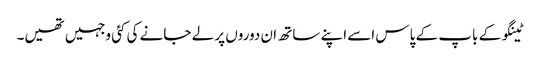
ٹینگو کے باپ کے پاس اسے اپنے ساتھ ان دوروں پر لے جانے کی کئی وجہیں تھیں۔